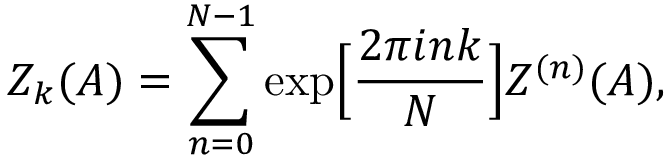
{ \cal Z } _ { k } ( A ) = \sum _ { n = 0 } ^ { N - 1 } \exp \Bigl [ \frac { 2 \pi i n k } { N } \Bigr ] { \cal Z } ^ { ( n ) } ( A ) ,